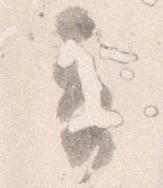
奇